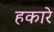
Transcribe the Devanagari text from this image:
हकारे